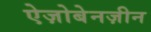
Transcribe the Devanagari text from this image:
ऐज़ोबेनज़ीन